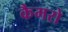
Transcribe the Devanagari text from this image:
कैमरो